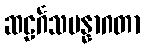
ဆဠင်္ဂသမန္နာဂတာ